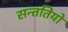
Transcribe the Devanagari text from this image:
सन्ततियों